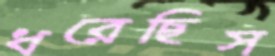
ধরেছিস